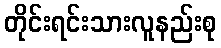
တိုင်းရင်းသားလူနည်းစု